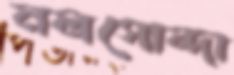
নলসোন্দা